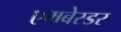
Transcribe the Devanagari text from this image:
एमबेस्डर